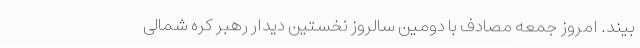
بیند. امروز جمعه مصادف با دومین سالروز نخستین دیدار رهبر کره شمالی